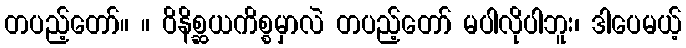
တပည့်တော်။ ။ ဝိနိစ္ဆယကိစ္စမှာလဲ တပည့်တော် မပါလိုပါဘူး၊ ဒါပေမယ့်